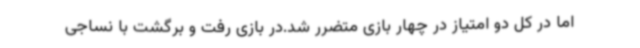
اما در کل دو امتیاز در چهار بازی متضرر شد.در بازی رفت و برگشت با نساجی